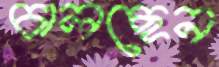
চালছেন